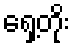
ရှေ့တိုး